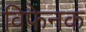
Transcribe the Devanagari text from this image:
विफेनक